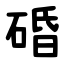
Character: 碈